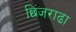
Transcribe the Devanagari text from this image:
छिंजराढा